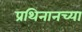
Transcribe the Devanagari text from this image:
प्रथिनानच्या